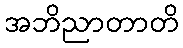
အဘိညာတာတိ